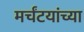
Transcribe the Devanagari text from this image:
मर्चंटयांच्या